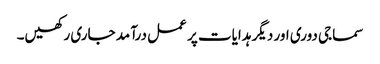
سماجی دوری اور دیگر ہدایات پر عمل درآمد جاری رکھیں۔